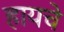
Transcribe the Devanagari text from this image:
हायचे